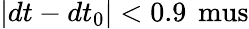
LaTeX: |dt-dt_{0}|<0.9\, \mathrm{\ mus}